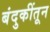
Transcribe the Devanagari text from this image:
बंदुकींतून